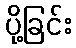
ပို့ခြင်း